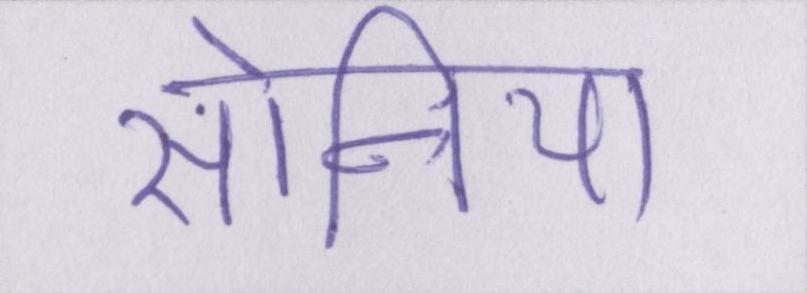
सोनिया